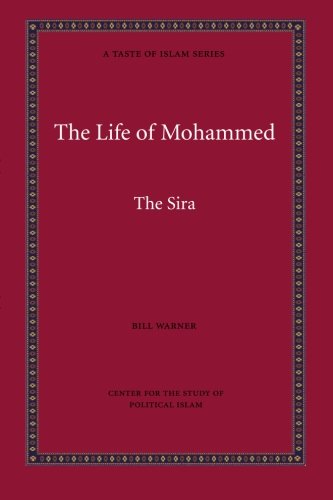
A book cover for The Life of Mohammed (A Taste of Islam); Bill Warner; Religion & Spirituality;